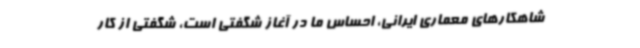
شاهکارهای معماری ایرانی، احساس ما در آغاز شگفتی است، شگفتی از کار